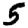
Digit: 5